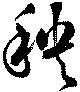
秧